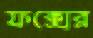
ফক্সের